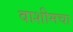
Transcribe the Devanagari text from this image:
वाशीमचा